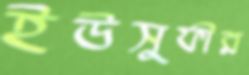
ইউসুফীর